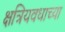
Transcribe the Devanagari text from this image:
क्षत्रियवधाच्या